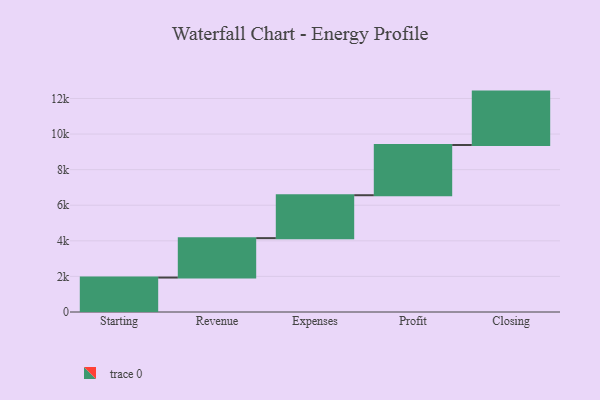
{"axis": {"x": "Step", "y": "Value"}, "legend": [""], "data": [{"x": "Starting", "y": 1936.0, "type": ""}, {"x": "Revenue", "y": 2215.0, "type": ""}, {"x": "Expenses", "y": 2412.0, "type": ""}, {"x": "Profit", "y": 2823.0, "type": ""}, {"x": "Closing", "y": 3000, "type": ""}]}